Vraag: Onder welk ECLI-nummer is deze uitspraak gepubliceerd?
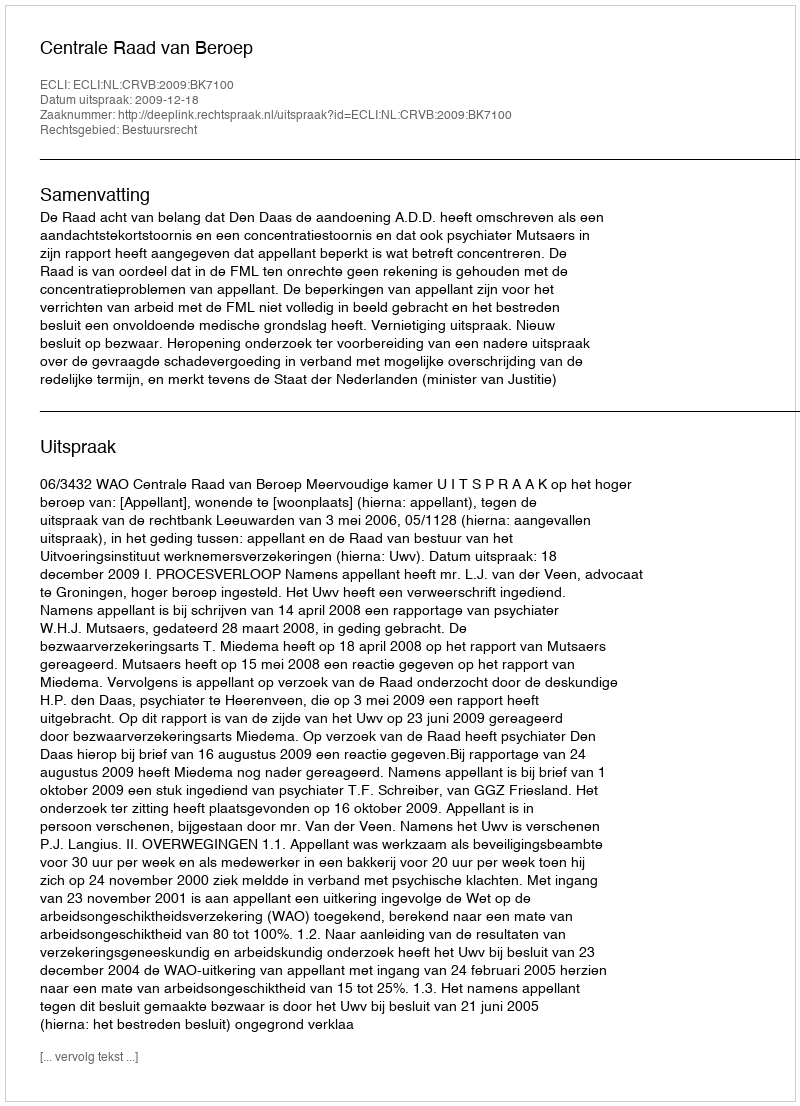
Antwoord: ECLI:NL:CRVB:2009:BK7100